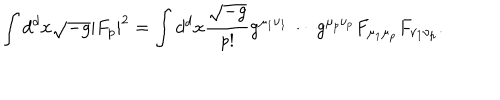
LaTeX: \int d ^ { d } x \sqrt { - g } | F _ { p } | ^ { 2 } = \int d ^ { d } x { \frac { \sqrt { - g } } { p ! } } g ^ { \mu _ { 1 } \nu _ { 1 } } \cdots g ^ { \mu _ { p } \nu _ { p } } F _ { \mu _ { 1 } \mu _ { p } } F _ { \nu _ { 1 } \nu _ { p } } .